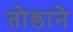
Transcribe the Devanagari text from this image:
तोडाने